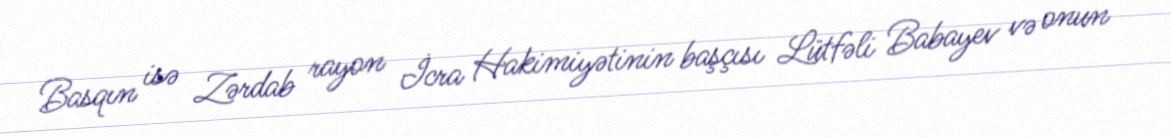
Basqın isə Zərdab rayon İcra Hakimiyətinin başçısı Lütfəli Babayev və onun